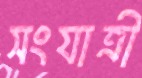
সংযাত্রী